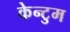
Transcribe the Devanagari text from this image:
केन्टुम